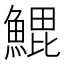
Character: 𬵝